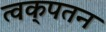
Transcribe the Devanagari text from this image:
त्वक्‌पतन